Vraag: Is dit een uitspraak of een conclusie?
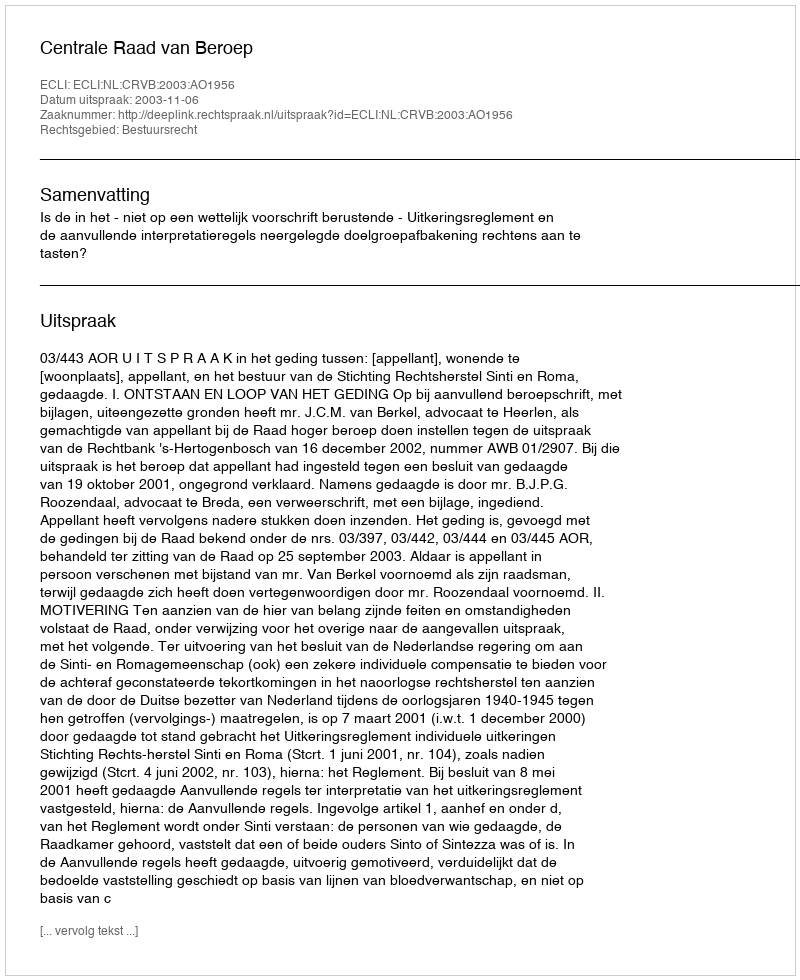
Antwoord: Uitspraak